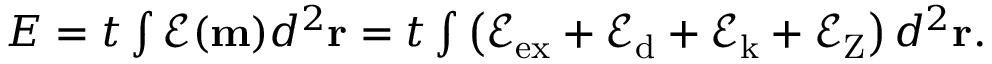
\begin{array} { r } { E = t \int \mathcal { E } ( \mathbf { m } ) d ^ { 2 } \mathbf { r } = t \int \left( \mathcal { E } _ { \mathrm { e x } } + \mathcal { E } _ { \mathrm { d } } + \mathcal { E } _ { \mathrm { k } } + \mathcal { E } _ { \mathrm { Z } } \right) d ^ { 2 } \mathbf { r } . } \end{array}